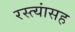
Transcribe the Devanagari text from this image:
रस्त्यांसह